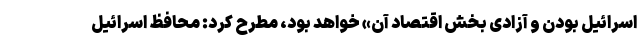
اسرائیل بودن و آزادی بخش اقتصاد آن» خواهد بود، مطرح کرد: محافظ اسرائیل